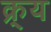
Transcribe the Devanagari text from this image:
क्र्य